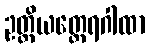
ဥတ္တိယတ္ထေရဂါထာ